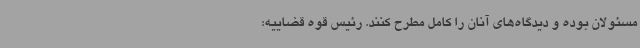
مسئولان بوده و دیدگاه‌های آنان را کامل مطرح کنند. رئیس قوه قضاییه: